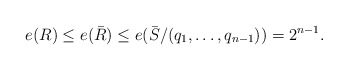
\begin{align*}e(R) \leq e(\bar{R}) \leq e(\bar{S}/(q_1, \dots, q_{n-1}))=2^{n-1}.\end{align*}